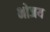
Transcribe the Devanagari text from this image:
भोजय